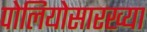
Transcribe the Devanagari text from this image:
पोलियोसारख्या